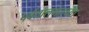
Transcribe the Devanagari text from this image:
पर्वतालगतच्या